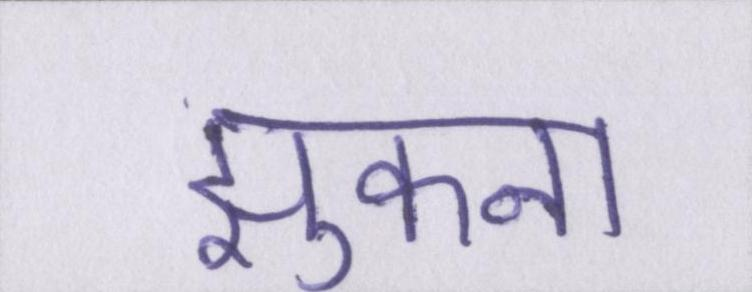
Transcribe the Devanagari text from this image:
झुकना